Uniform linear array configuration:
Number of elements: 4
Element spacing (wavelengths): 0.75
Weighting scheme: uniform
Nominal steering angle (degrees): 0
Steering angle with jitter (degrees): -1.247
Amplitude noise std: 0.05
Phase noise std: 0.05

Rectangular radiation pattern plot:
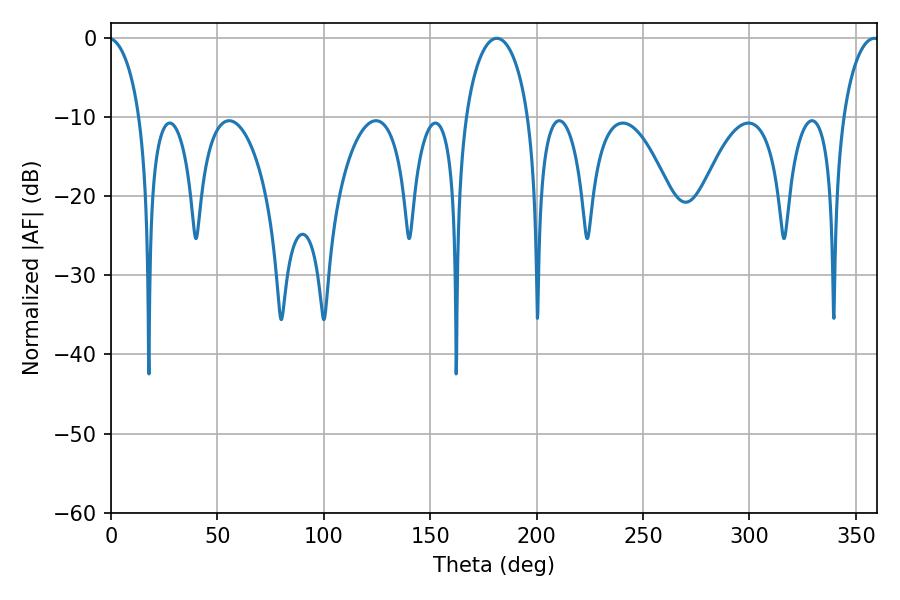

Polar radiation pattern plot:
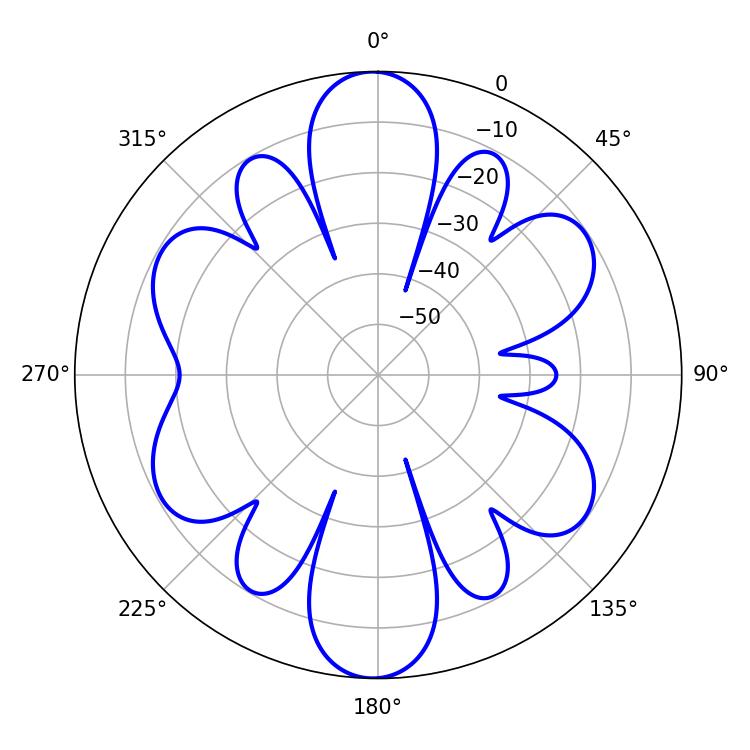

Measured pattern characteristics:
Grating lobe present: TRUE
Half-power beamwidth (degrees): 17.1
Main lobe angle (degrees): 181.26